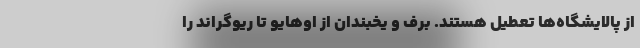
از پالایشگاه‌ها تعطیل هستند. برف و یخبندان از اوهایو تا ریوگراند را